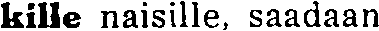
kille naisille, saadaan